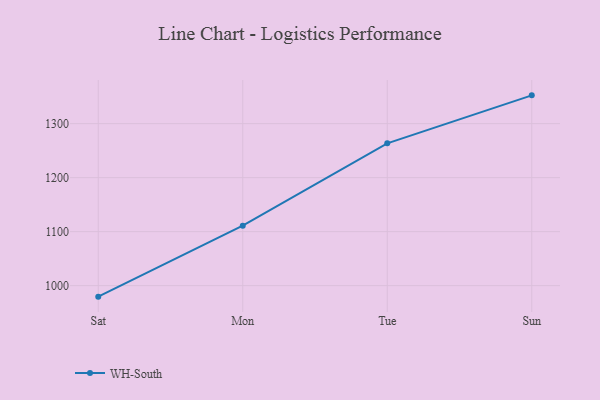
{"axis": {"x": "Day", "y": "Demand Index"}, "legend": ["WH-South"], "data": [{"x": "Sat", "y": 979.6, "type": "WH-South"}, {"x": "Mon", "y": 1111.0, "type": "WH-South"}, {"x": "Tue", "y": 1263.5, "type": "WH-South"}, {"x": "Sun", "y": 1352.4, "type": "WH-South"}]}